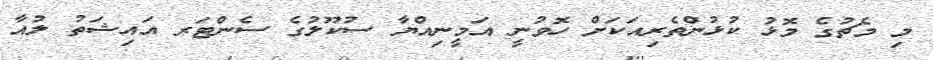
މި މެޗުގެ މޮޅު ކުޅުންތެެރިއަކަށް ހޮވުނީ އަމީނިއްޔާ ސުކޫލުގެ ސެންޓަރ އައިޝަތު ލުއާ